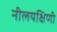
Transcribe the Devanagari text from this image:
नीलयक्षिणी